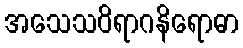
အသေသဝိရာဂနိရောဓာ